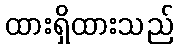
ထားရှိထားသည်